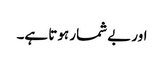
اور بے شمار ہوتا ہے۔